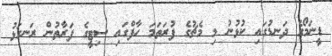
ޑީނަމޯގެ ދަނޑުގައި ކުޅުނު މި މެޗުގެ ފުރަތަމަ ހާފްގައި ސިޓީގެ ފަރާތުން ރަނގަޅު